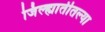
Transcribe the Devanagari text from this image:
जिल्ह्यातीतल्या